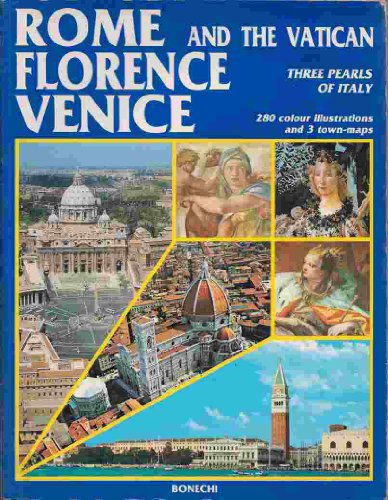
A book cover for Rome and the Vatican, Florence, Venice 280 Photos in Colour, Maps of the Towns; Various; Travel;